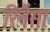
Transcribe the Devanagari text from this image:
रिनैंसा